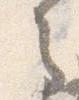
之